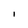
Character: l